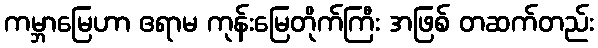
ကမ္ဘာမြေဟာ ဧရာမ ကုန်းမြေတိုက်ကြီး အဖြစ် တဆက်တည်း